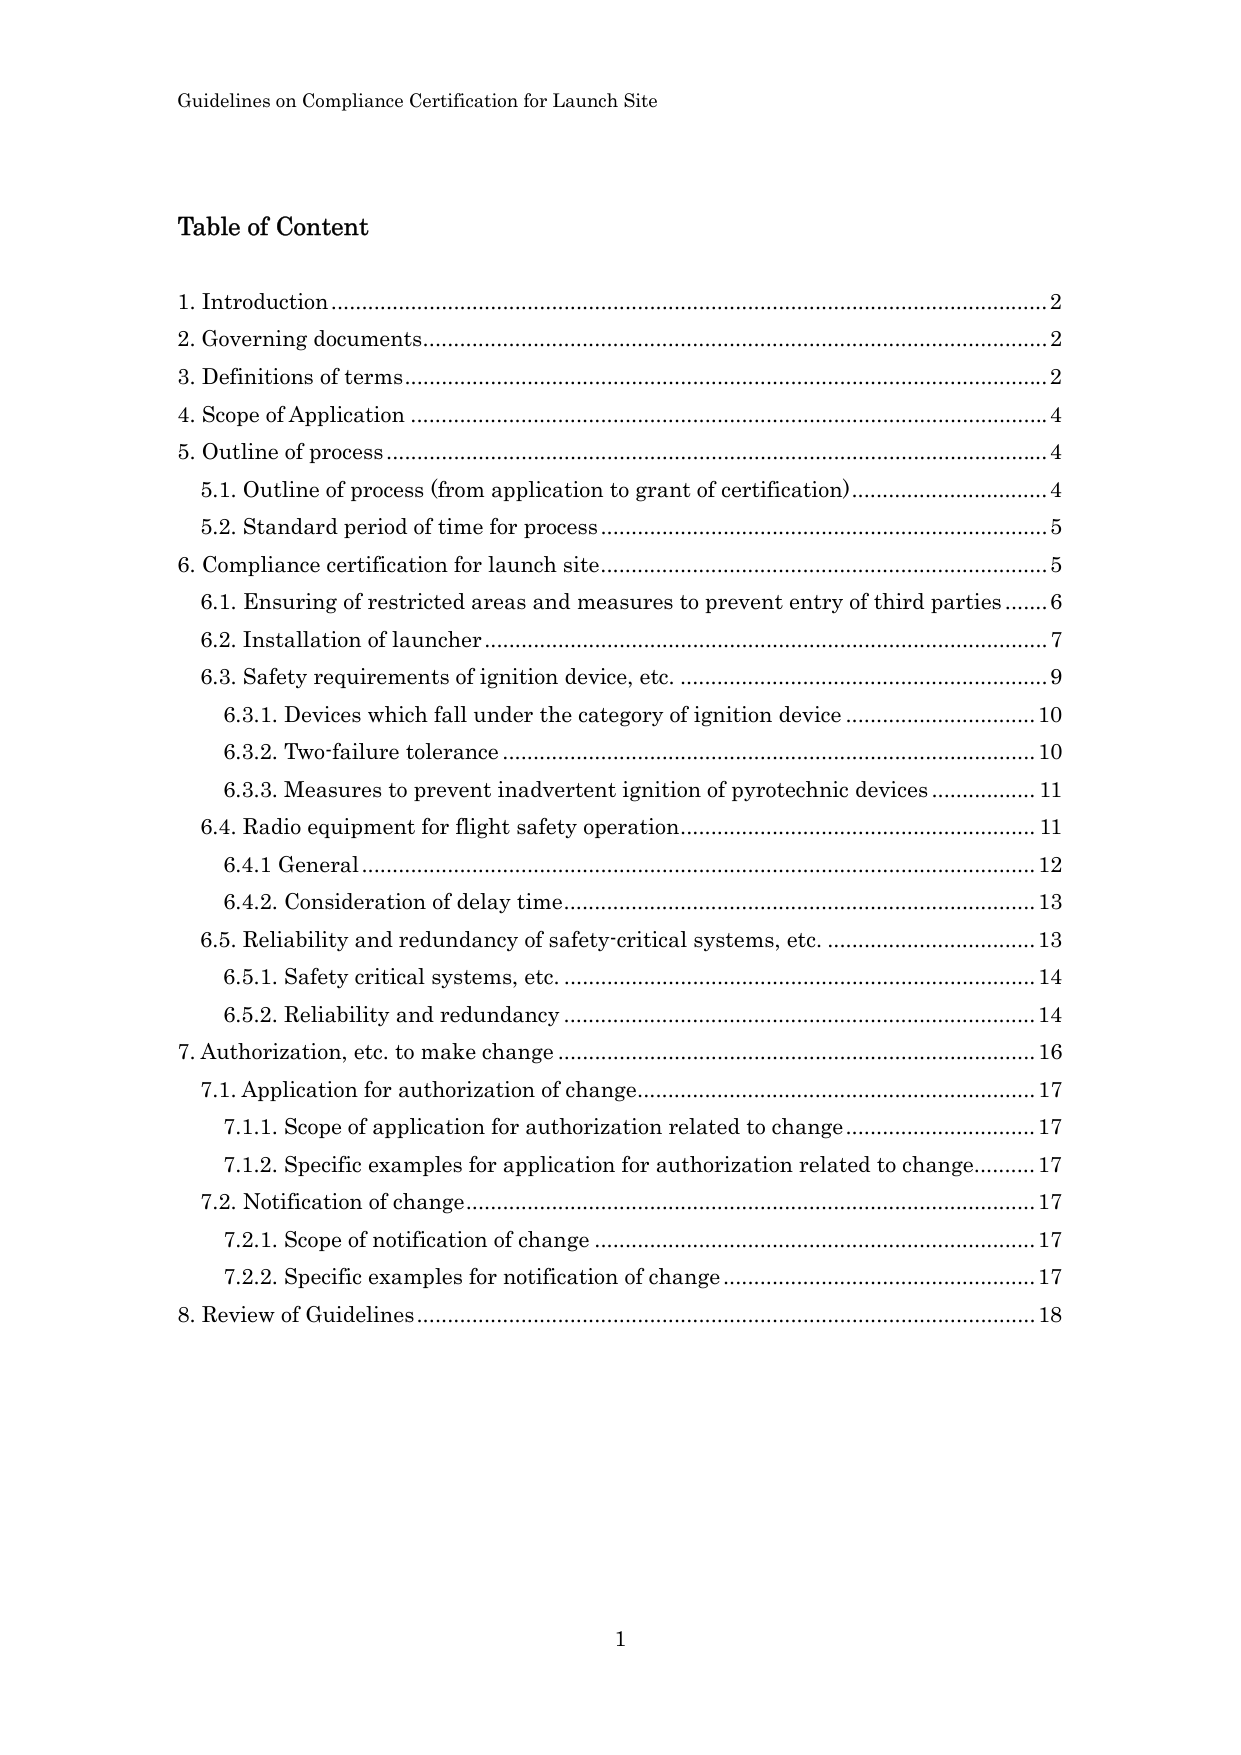
Guidelines on Compliance Certification for Launch Site

Table of Content

1. Introduction...................................................................................................................2
2. Governing documents...................................................................................................2
3. Definitions of terms......................................................................................................2
4. Scope of Application....................................................................................................4
5. Outline of process.......................................................................................................4
    5.1. Outline of process (from application to grant of certification)..............................4
    5.2. Standard period of time for process......................................................................5
6. Compliance certification for launch site.....................................................................5
    6.1. Ensuring of restricted areas and measures to prevent entry of third parties........6
    6.2. Installation of launcher.........................................................................................7
    6.3. Safety requirements of ignition device, etc..........................................................9
        6.3.1. Devices which fall under the category of ignition device...........................10
        6.3.2. Two-failure tolerance..................................................................................10
        6.3.3. Measures to prevent inadvertent ignition of pyrotechnic devices...............11
    6.4. Radio equipment for flight safety operation.......................................................11
        6.4.1 General.........................................................................................................12
        6.4.2. Consideration of delay time.........................................................................13
    6.5. Reliability and redundancy of safety-critical systems, etc...............................13
        6.5.1. Safety critical systems, etc..........................................................................14
        6.5.2. Reliability and redundancy.........................................................................14
7. Authorization, etc. to make change..........................................................................16
    7.1. Application for authorization of change.............................................................17
        7.1.1. Scope of application for authorization related to change..........................17
        7.1.2. Specific examples for application for authorization related to change........17
    7.2. Notification of change.........................................................................................17
        7.2.1. Scope of notification of change.................................................................17
        7.2.2. Specific examples for notification of change...............................................17
8. Review of Guidelines..................................................................................................18

1